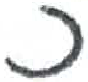
אות: כ